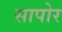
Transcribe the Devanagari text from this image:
सापोर